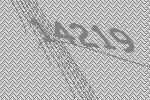
14219